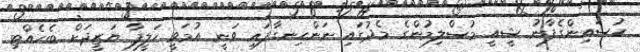
ޙުސައިންގެފާނު ޝީއީ މުސްލިމުންގެ މެދުގައި ނަންހިނގާފައި ވަނީ އުމަވީ ހަލީފާ ޔަޒީދަށް ބެހެއްޓި